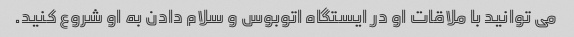
می توانید با ملاقات او در ایستگاه اتوبوس و سلام دادن به او شروع کنید.